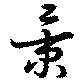
景